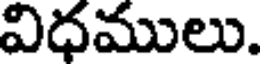
విధములు.